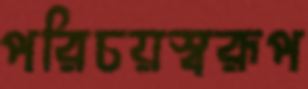
পরিচয়স্বরূপ